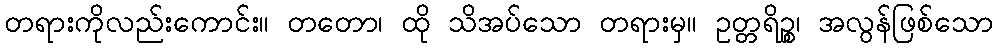
တရားကိုလည်းကောင်း။ တတော၊ ထို သိအပ်သော တရားမှ။ ဥတ္တရိဉ္စ၊ အလွန်ဖြစ်သော